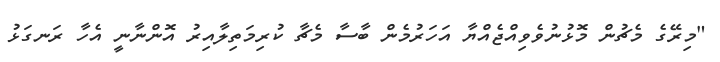
"މިރޭގެ މެޗުން މޮޅުނުވެވިއްޖެއްޔާ އަހަރުމެން ބާސާ މެޗާ ކުރިމަތިލާއިރު އޮންނާނީ އެހާ ރަނގަޅު